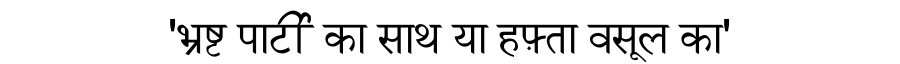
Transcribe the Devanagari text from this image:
'भ्रष्ट पार्टी का साथ या हफ़्ता वसूल का'